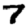
Digit: 7